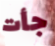
جأت